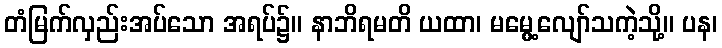
တံမြက်လှည်းအပ်သော အရပ်၌။ နာဘိရမတိ ယထာ၊ မမွေ့လျော်သကဲ့သို့။ ပန၊